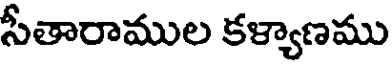
సీతారాముల కళ్యాణము